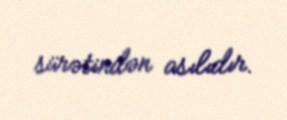
sürətindən asılıdır.